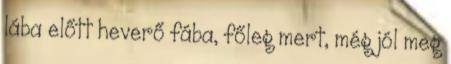
lába előtt heverő fába, főleg mert, még jól meg